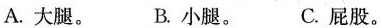
A.大腿。 B.小腿。 C.屁股。